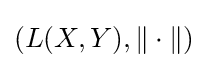
\left(L(X,Y),\|\cdot \|\right)